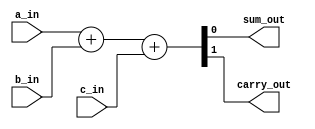
`timescale 1ns / 1ps
//////////////////////////////////////////////////////////////////////////////////
// Company: 
// Engineer: 
// 
// Design Name: 
// Module Name: full_adder_arth
// Project Name: 
// Target Devices: 
// Tool Versions: 
// Description: 
// 
// Dependencies: 
// 
// Revision:
// Revision 0.01 - File Created
// Additional Comments:
// 
//////////////////////////////////////////////////////////////////////////////////
module full_adder_arth (
    input a_in,
    input b_in,
    input c_in,
    output sum_out,
    output carry_out
);
 assign {carry_out, sum_out} = a_in + b_in + c_in;
 
endmodule